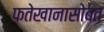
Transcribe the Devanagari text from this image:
फतेखानासोबत